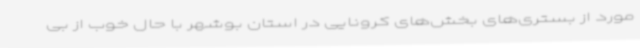
مورد از بستری‌های بخش‌های کرونایی در استان بوشهر با حال خوب از بی